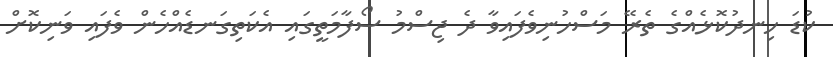
ކުޑަ ހިނދުކޮޅެއްގެ ތެރޭ މަސްހުނިވެފައިވާ ދެ ޖިސްމު ސޯފާމަތީގައި އެކަތިގަނޑެއްހެން ވެފައި ވަނިކޮށް